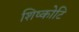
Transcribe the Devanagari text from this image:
शिष्कोटि